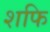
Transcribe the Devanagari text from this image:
शफि